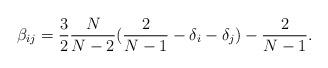
LaTeX: \begin{align*} \beta_{ij} = \frac{3}{2} \frac {N}{N-2} (\frac{2}{N-1} -\delta_{i} -\delta_{j}) - \frac{2}{N-1}.\end{align*}